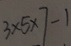
3 \times 5 \times 7 - 1